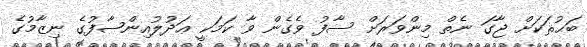
ބަޙުޘަކަށް ޖާގަ ނެތް މިންވަރަށް ސާފު ވެގެން ވާ ކަމަކީ ޢަދުލުއިންޞާފުގެ ނިޒާމުގެ